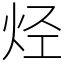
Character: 烃